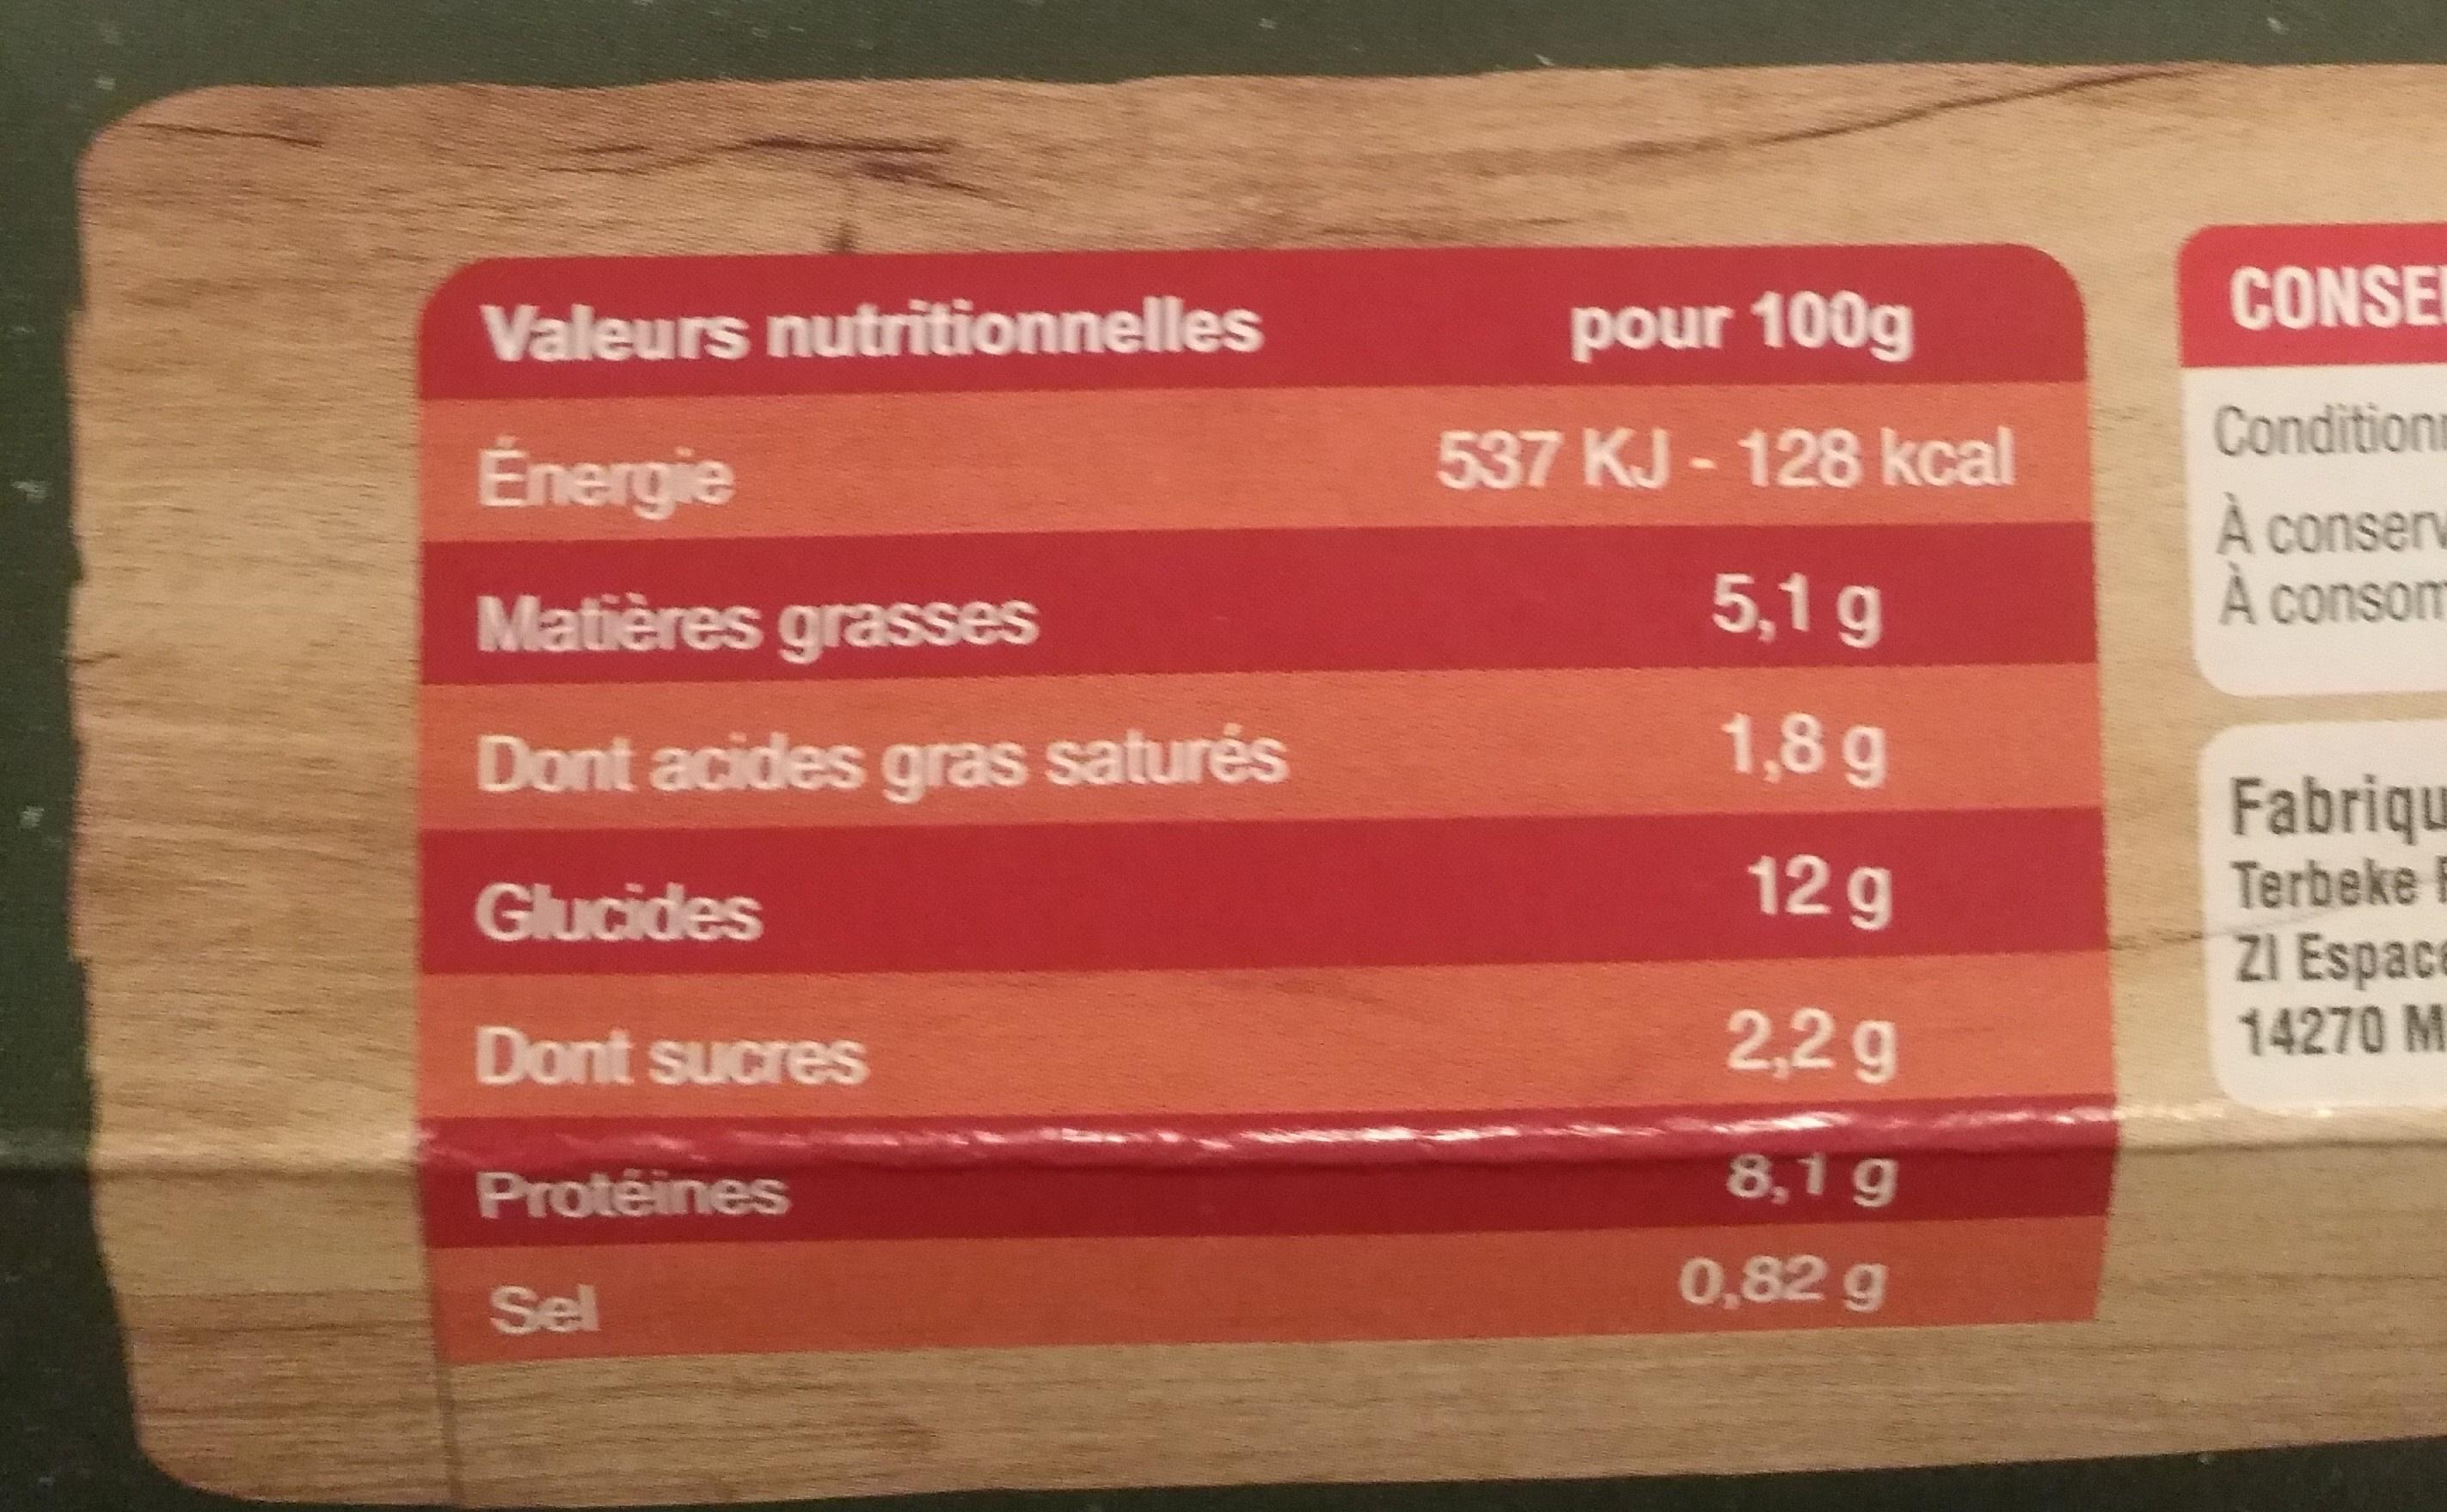
Valeurs nutritionnelles
pour 100g
CONSE
Conditions
Énergie
537 KJ - 128 kcal
À conserv À consom
Matières grasses
5,1 g
Dont acides gras saturés
1,8 g
Fabriqu Terbeke E ZI Espace
Glucides
12 g
Dont sucres
2,2g
14270 M
Protéines
8,1g
0,82 g
Sel